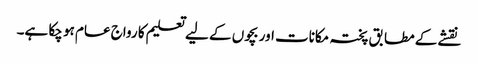
نقشے کے مطابق پختہ مکانات اور بچوں کے لیے تعلیم کا رواج عام ہو چکا ہے۔